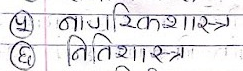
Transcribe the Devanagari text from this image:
५ नागरिकशास्त्र
६ नीतिशास्त्र